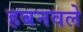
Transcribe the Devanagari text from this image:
हबनवले